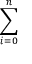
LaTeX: \sum _ { i = 0 } ^ { n }